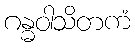
ဂန္ဓဝါသိတကံ